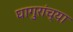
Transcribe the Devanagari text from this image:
घागुरांच्या